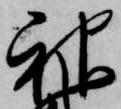
神